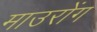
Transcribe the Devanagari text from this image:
माउरोंग